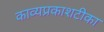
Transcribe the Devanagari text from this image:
काव्यप्रकाशटीका